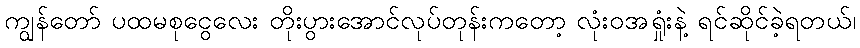
ကျွန်တော် ပထမစုငွေလေး တိုးပွားအောင်လုပ်တုန်းကတော့ လုံးဝအရှုံးနဲ့ ရင်ဆိုင်ခဲ့ရတယ်၊